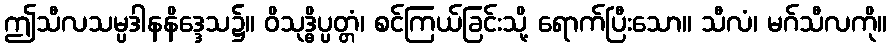
ဤသီလသမ္ပဒါနနိဒ္ဒေသ၌။ ဝိသုဒ္ဓိပ္ပတ္တံ၊ စင်ကြယ်ခြင်းသို့ ရောက်ပြီးသော။ သီလံ၊ မဂ်သီလကို။